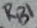
Text: RB1